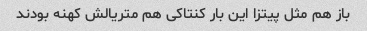
باز هم مثل پیتزا این بار کنتاکی هم متریالش کهنه بودند